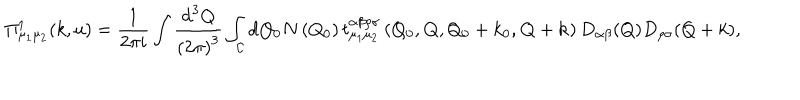
\Pi _ { \mu _ { 1 } \mu _ { 2 } } ^ { 1 } ( k , u ) = \frac { 1 } { 2 \pi i } \int \frac { \mathrm { d } ^ { 3 } Q } { \left( 2 \pi \right) ^ { 3 } } \int _ { \cal { C } } \mathrm { d Q _ { 0 } } N \left( Q _ { 0 } \right) t _ { \mu _ { 1 } \mu _ { 2 } } ^ { \alpha \beta \rho \sigma } \left( Q _ { 0 } , { \bf Q } , Q _ { 0 } + k _ { 0 } , { \bf Q } + { \bf k } \right) D _ { \alpha \beta } ( Q ) D _ { \rho \sigma } ( Q + k ) ,